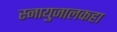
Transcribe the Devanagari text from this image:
स्नायुजालकहा